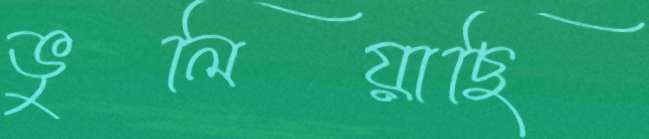
ভুলিয়াছি